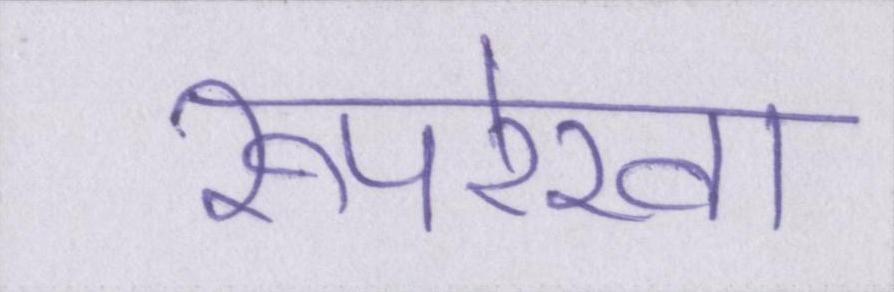
रूपरेखा